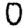
Digit: 0